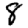
Digit: 8